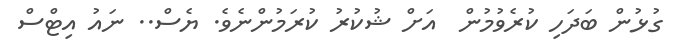
ގުޅުން ބަދަހި ކުރެވުމުން  އަށް ޝުކުރު ކުރަމުންނެވެ. ޔެސް.. ނައު އިޓްސް